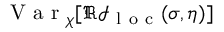
\mathrm { ~ V ~ a ~ r ~ } _ { \chi } [ \Re \mathcal { I } _ { \mathrm { ~ l ~ o ~ c ~ } } ( \sigma , \eta ) ]